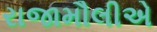
રાજામૌલીએ